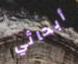
أبحاثي